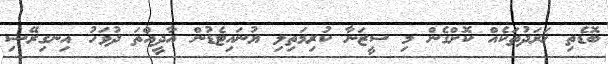
ބޮޑެތި ޚަރަދުތަކެއް ކޮށްގެން މި ސީޒަނާ ކުރިމަތިލި ޔުނައިޓެޑުން އާދީއްތަ ދުވަހު އިނގިރޭސި